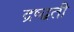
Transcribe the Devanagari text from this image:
द्रष्द्वती